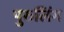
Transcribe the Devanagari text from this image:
पुरुलिंग